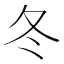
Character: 冬